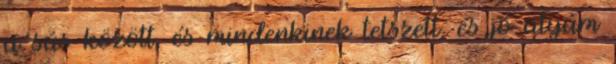
a sás között, és mindenkinek tetszett, és jó atyám